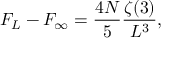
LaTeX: F _ { L } - F _ { \infty } = { \frac { 4 N } { 5 } } { \frac { \zeta ( 3 ) } { L ^ { 3 } } } ,